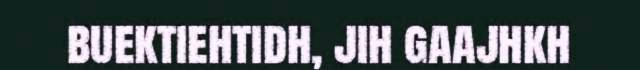
buektiehtidh, jih gaajhkh